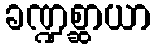
ခဏ္ဍစ္ဆာယာ